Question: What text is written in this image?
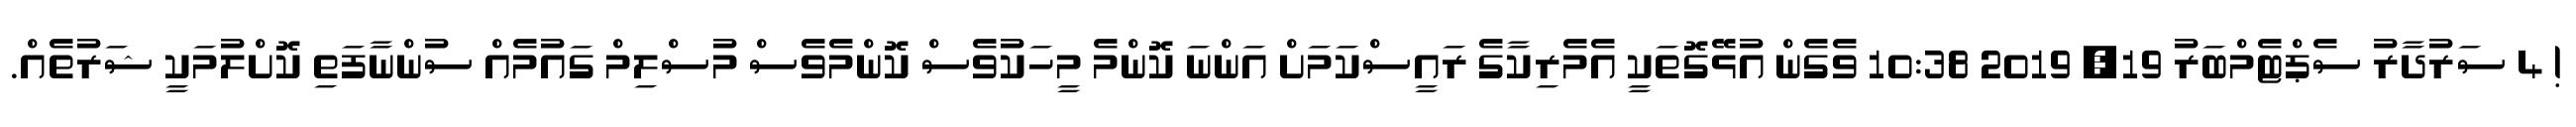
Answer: ! 4 ސަރުދާރު ސެޕްޓެމްބަރު 19, 2019 10:38 ވެގެން އުޅޭގޮތަކީ އެމެރިކާގެ ރައީސްކަމަށް އަންނަ ކޮންމެ މީހަކުވެސް ކޮންމެވެސް މުސްލިމް ގައުމެއް ސުންނާފަތި ކޮށްލުމަކީ ޝަރުތެއް.